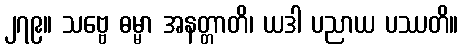
၂၇၉။ သဗ္ဗေ ဓမ္မာ အနတ္တာတိ၊ ယဒါ ပညာယ ပဿတိ။